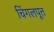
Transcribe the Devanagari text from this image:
चिंगलपूत